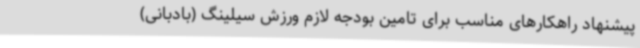
پیشنهاد راهکارهای مناسب برای تامین بودجه لازم ورزش سیلینگ (بادبانی)